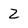
Character: Z